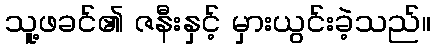
သူ့ဖခင်၏ ဇနီးနှင့် မှားယွင်းခဲ့သည်။